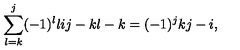
\sum _ { l = k } ^ { j } ( - 1 ) ^ { l } { \binom { l } { i } } { \binom { j - k } { l - k } } = ( - 1 ) ^ { j } { \binom { k } { j - i } } ,